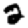
Digit: 2